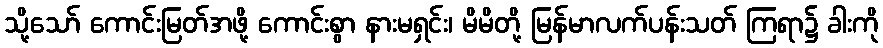
သို့သော် ကောင်းမြတ်အဖို့ ကောင်းစွာ နားမရှင်း၊ မိမိတို့ မြန်မာလက်ပန်းသတ် ကြရာ၌ ခါးကို